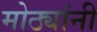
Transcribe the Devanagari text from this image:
मोठ्यांनी